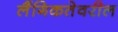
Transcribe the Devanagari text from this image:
लैंगिकतेवरील